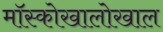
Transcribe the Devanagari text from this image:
मॉस्कोखालोखाल